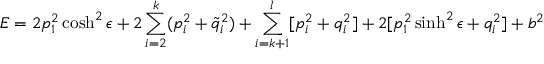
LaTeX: E = 2 p _ { 1 } ^ { 2 } \cosh ^ { 2 } \epsilon + 2 \sum _ { i = 2 } ^ { k } ( p _ { i } ^ { 2 } + \tilde { q } _ { i } ^ { 2 } ) + \sum _ { i = k + 1 } ^ { l } [ p _ { i } ^ { 2 } + q _ { i } ^ { 2 } ] + 2 [ p _ { 1 } ^ { 2 } \sinh ^ { 2 } \epsilon + q _ { i } ^ { 2 } ] + b ^ { 2 }